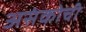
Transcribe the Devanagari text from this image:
असंकोची